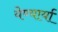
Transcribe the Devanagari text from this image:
येण्यार्या